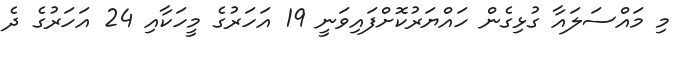
މި މައްސަލައާ ގުޅިގެން ހައްޔަރުކޮށްފައިވަނީ 19 އަހަރުގެ މީހަކާއި 24 އަހަރުގެ ދެ